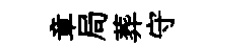
章局葬守